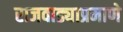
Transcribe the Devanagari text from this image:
राजवाड्याप्रमाणे